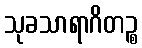
သုခသာရာဂိတဉ္စ